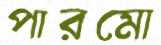
পারমো